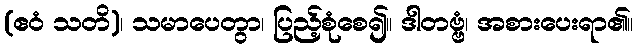
(ဧဝံ သတိ)၊ သမာပေတွာ၊ ပြည့်စုံစေ၍။ ဒါတဗ္ဗံ၊ အစားပေးရာ၏။